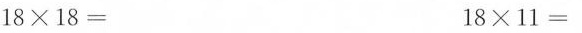
$$1 8 \times 1 8 =$$ $$1 8 \times 1 1 =$$